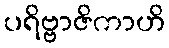
ပရိဗ္ဗာဇိကာဟိ